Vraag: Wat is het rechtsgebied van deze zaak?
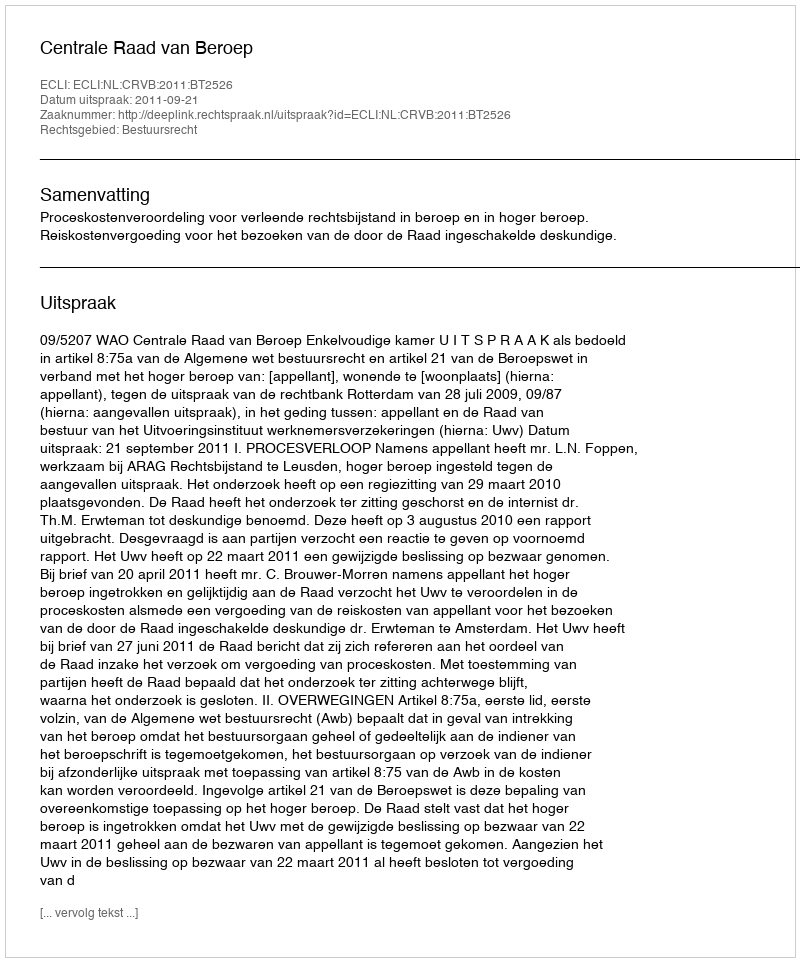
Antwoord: Bestuursrecht